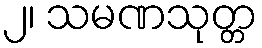
၂၊ သမဏသုတ္တ